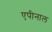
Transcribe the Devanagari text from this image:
एपीनाल